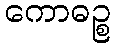
ကောဓဉ္စ